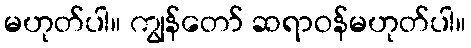
မဟုတ်ပါ။ ကျွန်တော် ဆရာဝန်မဟုတ်ပါ။